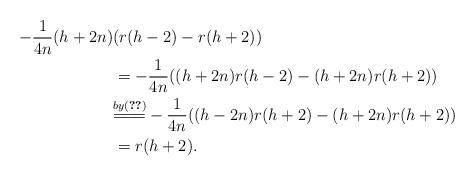
LaTeX: \begin{align*}-\frac{1}{4n}(h+2n)&(r(h-2)-r(h+2))\\&=-\frac{1}{4n}((h+2n)r(h-2)-(h+2n)r(h+2))\\&\overset{by (\ref{rh-2&rh+2})}{{=\joinrel=\joinrel=}} -\frac{1}{4n}((h-2n)r(h+2)-(h+2n)r(h+2))\\&=r(h+2). \end{align*}